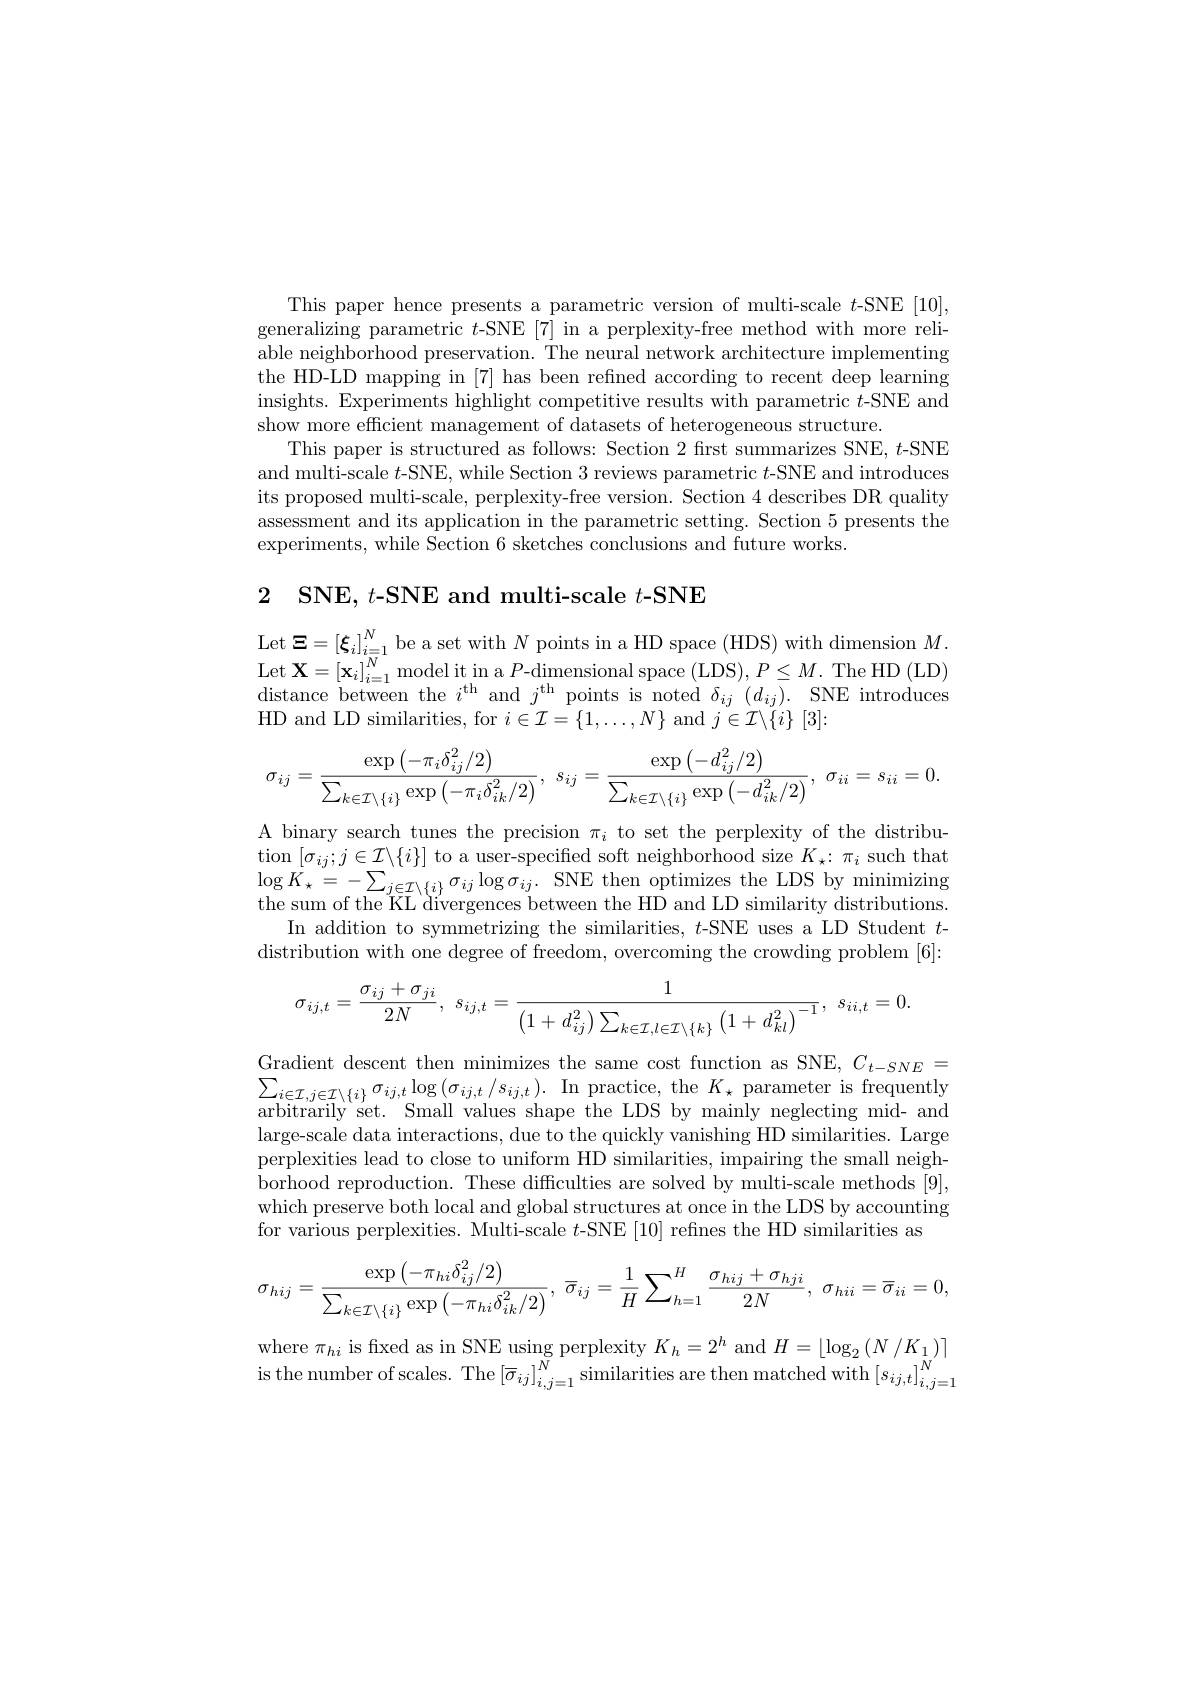
This paper hence presents a parametric version of multi-scale $t$-SNE [10], generalizing parametric $t$-SNE [7] in a perplexity-free method with more reliable neighborhood preservation. The neural network architecture implementing the HD-LD mapping in [7] has been refined according to recent deep learning insights. Experiments highlight competitive results with parametric $t$-SNE and show more efficient management of datasets of heterogeneous structure.
This paper is structured as follows: Section 2 frst summarizes SNE, $t$-SNE and multi-scale $t$-SNE, while Section 3 reviews parametric $t$-SNE and introduces its proposed multi-scale, perplexity-free version. Section 4 describes DR quality assessment and its application in the parametric setting. Section 5 presents the experiments, while Section 6 sketches conclusions and future works.

2 SNE, $t$-SNE and multi-scale $t$-SNE

Let $\Xi=[\xi_{i}]_{i=1}^{N}$ be a set with $N$ points in a HD space (HDS) with dimension $M.$ $\begin{array}{c}\mathrm{Let~X=[x_{i}]_{i=1}^{N}~model~it~in~a~P-dimensional~space~(LDS),~P\leq M.~The~HD~(LD)}\\\mathrm{Let~X=[x_{i}]_{i=1}^{N}~model~it~in~a~P-dimensional~space~(LDS),~P\leq M.~The~HD~(LD)}\end{array}$ distance between the $i^\mathrm{th}$ and $j^\mathrm{th}$ points is noted $\delta_ij(d_{ij}).$ SNE introduces HD and LD similarities, for $i\in\mathcal{I}=\{1,\ldots,N\}$ and $j\in\mathcal{I}\backslash\{i\}$ [3]:
$$\sigma_{ij}=\frac{\exp\left(-\pi_i\delta_{ij}^2/2\right)}{\sum_{k\in\mathcal{I}\setminus\{i\}}\exp\left(-\pi_i\delta_{ik}^2/2\right)},\:s_{ij}=\frac{\exp\left(-d_{ij}^2/2\right)}{\sum_{k\in\mathcal{I}\setminus\{i\}}\exp\left(-d_{ik}^2/2\right)},\:\sigma_{ii}=s_{ii}=0.$$
A binary search tunes the precision $\pi_i$ to set the perplexity of the distribution $[\sigma_{ij};j\in\mathcal{I}\backslash\{i\}]$ to a user-specified soft neighborhood size $K_\star{:}\pi_i$ such that $\log K_{\star}=-\sum_{j\in\mathcal{I}\setminus\{i\}}\sigma_{ij}\log\sigma_{ij}.$ SNE then optimizes the LDS by minimizing$\log K_{\star}=-\sum_{j\in\mathcal{I}\setminus\{i\}}\sigma_{ij}\log\sigma_{ij}.$ SNE then optimizes the LDS by minimizingthe the HD and LD similaritv distributions.
In addition to symmetrizing the similarities, $t$-SNE uses a LD Student $t$- distribution with one degree of freedom, overcoming the crowding problem [6]:
$$\sigma_{ij,t}=\frac{\sigma_{ij}+\sigma_{ji}}{2N},\:s_{ij,t}=\frac{1}{\left(1+d_{ij}^{2}\right)\sum_{k\in\mathcal{I},l\in\mathcal{I}\setminus\{k\}}\left(1+d_{kl}^{2}\right)^{-1}},\:s_{ii,t}=0.$$
$\begin{array}{l}{\mathrm{Gradient~descent~then~minimizes~the~same~cost~function~as~SNE,~}C_{t-SNE}=}\\{\sum_{i\in\mathcal{I},j\in\mathcal{I}\setminus\{i\}}\sigma_{ij,t}\log\left(\sigma_{ij,t}/s_{ij,t}\right).~\mathrm{In~practice,~the~}K_{\star}~\mathrm{parameter~is~frequently}}\\{\sum_{i\in\mathcal{I},j\in\mathcal{I}\setminus\{i\}}\sigma_{ij,t}\log\left(\sigma_{ij,t}/s_{ij,t}\right).\:\mathrm{In~practic}}\end{array}$ arbitrarily set. Small values shape the LDS by mainly neglecting mid- and large-scale data interactions, due to the quickly vanishing HD similarities. Large perplexities lead to close to uniform HD similarities, impairing the small neighborhood reproduction. These difficulties are solved by multi-scale methods [9], which preserve both local and global structures at once in the LDS by accounting for various perplexities. Multi-scale $t$-SNE [10] refines the HD similarities as
$$\sigma_{hij}=\frac{\exp\left(-\pi_{hi}\delta_{ij}^2/2\right)}{\sum_{k\in\mathcal{I}\setminus\{i\}}\exp\left(-\pi_{hi}\delta_{ik}^2/2\right)},\:\overline{\sigma}_{ij}=\frac{1}{H}\sum_{h=1}^{H}\frac{\sigma_{hij}+\sigma_{hji}}{2N},\:\sigma_{hii}=\overline{\sigma}_{ii}=0,$$
where $\pi_{hi}$ is fixed as in SNE using perplexity $K_h=2^h$ and $H=\lfloor\log_2(N/K_1)\rceil$ is the number of scales. The $\left[\overline{\sigma}_{ij}\right]_{i,j=1}^{N}$similarities are then matched with $\left[s_{ij,t}\right]_{i,j=1}^{N}$